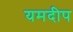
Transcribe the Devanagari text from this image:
यमदीप